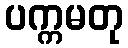
ပက္ကမတု